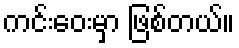
ကင်းဝေးမှာ ဖြစ်တယ်။